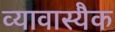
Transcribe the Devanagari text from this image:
व्यावास्यैक